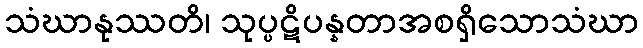
သံဃာနုဿတိ၊ သုပ္ပဋိပန္နတာအစရှိသောသံဃာ